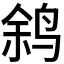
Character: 𫛬